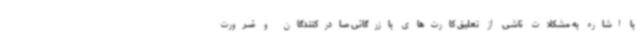
با اشاره به مشکلات ناشی از تعلیق کارت‌های بازرگانی صادرکنندگان و ضرورت